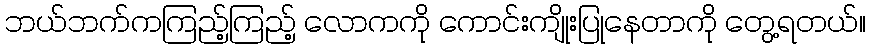
ဘယ်ဘက်ကကြည့်ကြည့် လောကကို ကောင်းကျိုးပြုနေတာကို တွေ့ရတယ်။